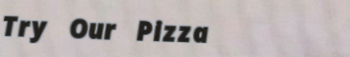
Try Our Pizza